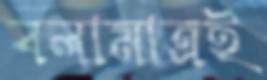
বলামাত্রই